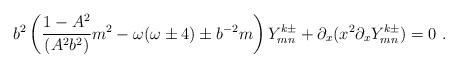
LaTeX: \begin{align*}b^2 \left( \frac{1-A^2}{(A^2b^2)}m^2-\omega(\omega \pm 4)\pm b^{-2}m \right) Y^{k\pm}_{mn} +\partial_x(x^2 \partial_x Y^{k\pm}_{mn} ) = 0 \ .\end{align*}